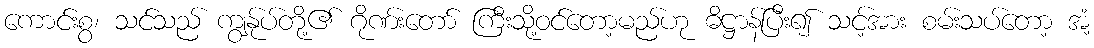
ကောင်းစွ၊ သင်သည် ကျွန်ုပ်တို့၏ ဂိုဏ်းတော် ကြီးသို့ဝင်တော့မည်ဟု ဓိဋ္ဌာန်ပြီး၍ သင့်အား စမ်းသပ်တော့ အံ့